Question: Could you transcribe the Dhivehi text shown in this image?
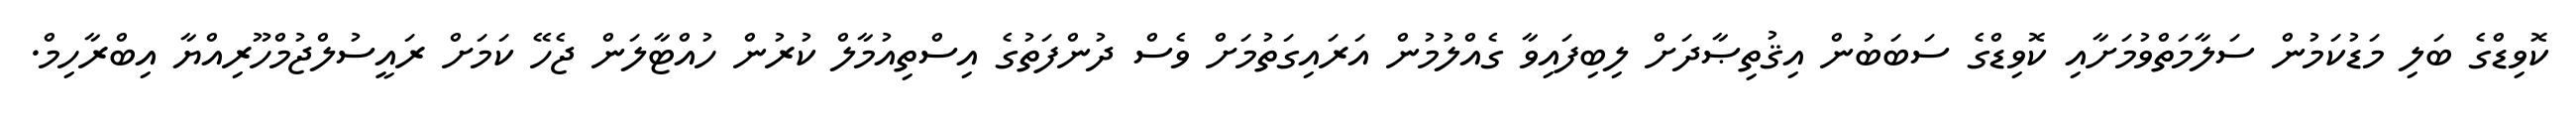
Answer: ކޮވިޑްގެ ބަލި މަޑުކަމުން ސަލާމަތްވުމަށާއި ކޮވިޑްގެ ސަބަބުން އިޤުތިޞާދަށް ލިބިފައިވާ ގެއްލުމުން އަރައިގަތުމަށް ވެސް ދުންފަތުގެ އިސްތިއުމާލް ކުރުން ހުއްޓާލަން ޖެހޭ ކަމަށް ރައީސުލްޖުމްހޫރިއްޔާ އިބްރާހިމް.